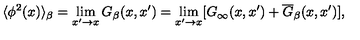
\langle \phi ^ { 2 } ( x ) \rangle _ { \beta } = \lim _ { x ^ { \prime } \rightarrow x } G _ { \beta } ( x , x ^ { \prime } ) = \lim _ { x ^ { \prime } \rightarrow x } [ G _ { \infty } ( x , x ^ { \prime } ) + \overline { { G } } _ { \beta } ( x , x ^ { \prime } ) ] ,